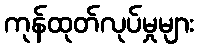
ကုန်ထုတ်လုပ်မှုများ